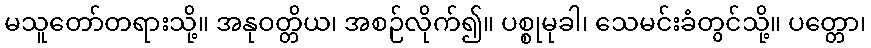
မသူတော်တရားသို့။ အနုဝတ္တိယ၊ အစဉ်လိုက်၍။ ပစ္စုမုခါ၊ သေမင်းခံတွင်သို့။ ပတ္တော၊